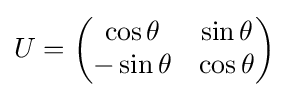
U={\begin{pmatrix}\cos \theta &\sin \theta \\-\sin \theta &\cos \theta \end{pmatrix}}